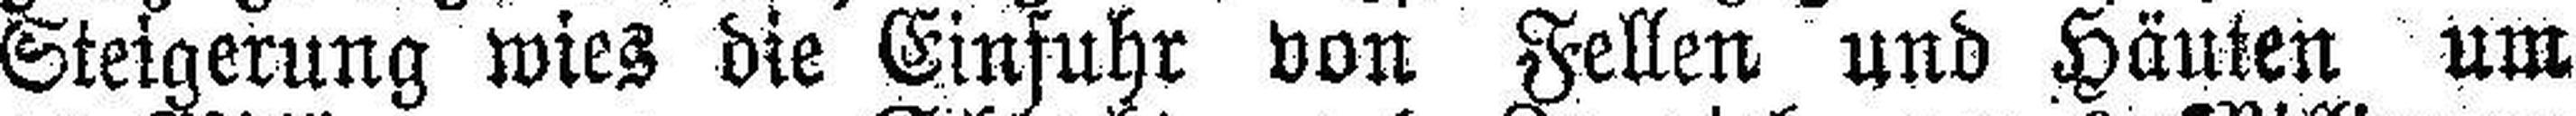
Steigerung wies die Einfuhr von Fellen und Häuten um